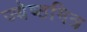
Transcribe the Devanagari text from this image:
ज्येष्ठमित्र